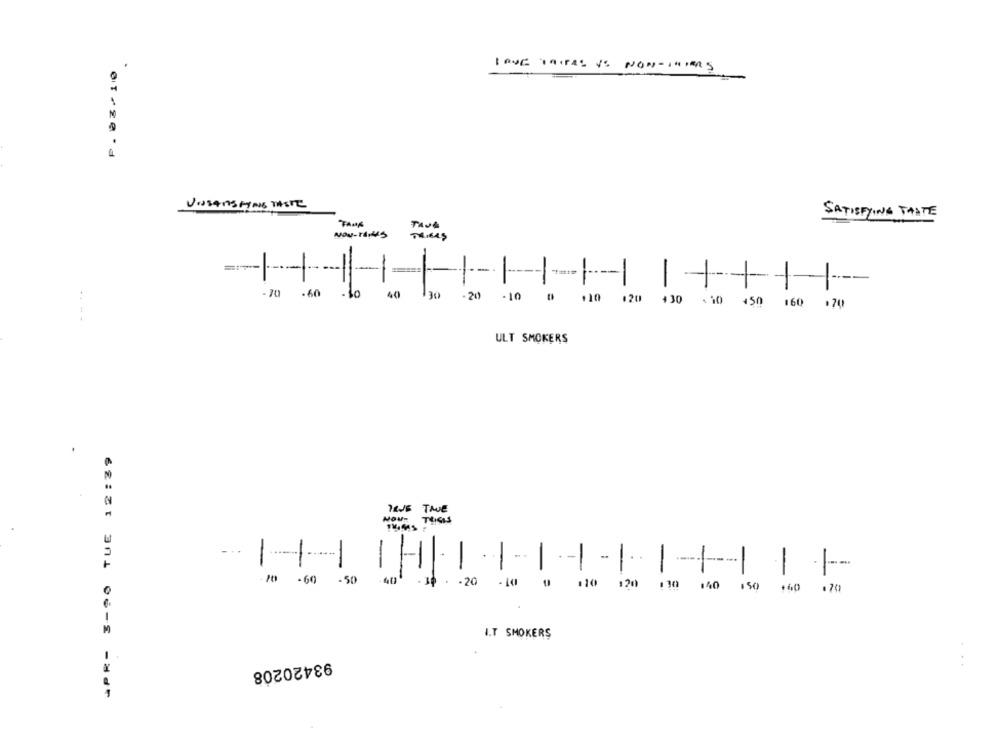
P. 03/110
IRVE TRIFAS IS NON-INIMS
VISSANSPYNG TASTE
SATISFYING TASTE
Now-rdit's
TAIKAŞ
-
-
-
-70 -60
40
130
-20
-10
110
120 430 :10 450 160 .70
ULT SMOKERS
APR- 3-90 TUE 12:29
12JE TAOE
...
-
-
-
-
-
-
-
-
70 -60
.50
110 120 110 140 150 160 170
I.T SMOKERS
93420208
. ..